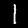
Digit: 1